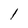
Character: l